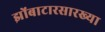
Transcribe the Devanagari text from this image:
झोंबाटारसारख्या